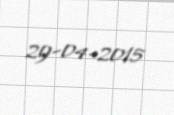
29-04-2015